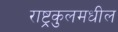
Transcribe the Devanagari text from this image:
राष्ट्रकुलमधील